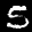
Label: 5